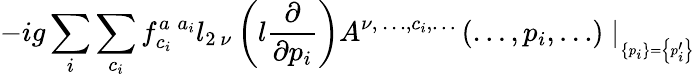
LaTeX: -ig\sum_{i}\sum_{c_{i}}f_{c_{i}}^{a\; a_{i}}l_{2\ \nu}\left(l\frac\partial{\partial p_{i}}\right)A^{\nu,\ \ldots,c_{i},\ldots}\left(\ldots,p_{i},\ldots\right)\mid_{_{\left\{ p_{i}\right\} =\left\{ p_{i}^{\prime}\right\} }}